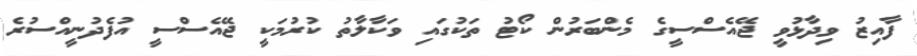
ފާއިޒު ވިދާޅުވީ ޖޭއެސްސީގެ މެންބަރުން ކޯޓު ތަކުގައި ވަކާލާތު ކުރުމަކީ ޖޭއެސްސީ އުފެދުނީއްސުރެ